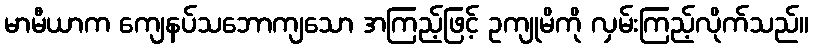
မာမီယာက ကျေနပ်သဘောကျသော အကြည့်ဖြင့် ဥကျုမိကို လှမ်းကြည့်လိုက်သည်။